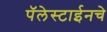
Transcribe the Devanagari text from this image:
पॅलेस्टाईनचे